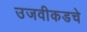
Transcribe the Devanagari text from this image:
उजवीकडचे